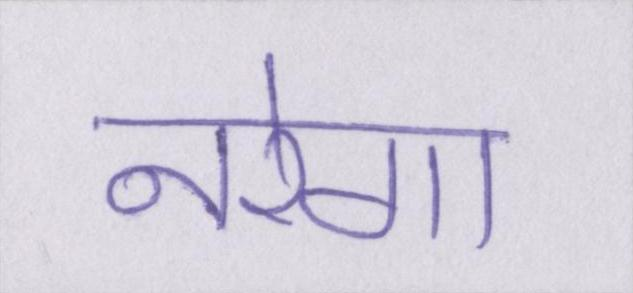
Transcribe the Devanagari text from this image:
नरेगा